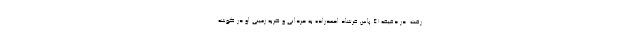
رفت. در دقیقه ۴۱ پاس فرشاد احمدزاده به حردانی و ضربه زمینی او در گوشه